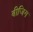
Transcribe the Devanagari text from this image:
बीजिग